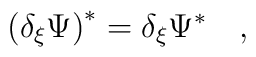
\left( \delta_\xi \Psi \right)^* = \delta_\xi \Psi^* \quad ,